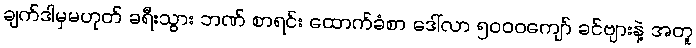
ချက်ဒါမှမဟုတ် ခရီးသွား ဘဏ် စာရင်း ထောက်ခံစာ ဒေါ်လာ ၅၀၀၀ကျော် ခင်ဗျားနဲ့ အတူ